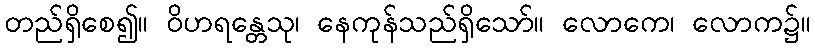
တည်ရှိစေ၍။ ဝိဟရန္တေသု၊ နေကုန်သည်ရှိသော်။ လောကေ၊ လောက၌။